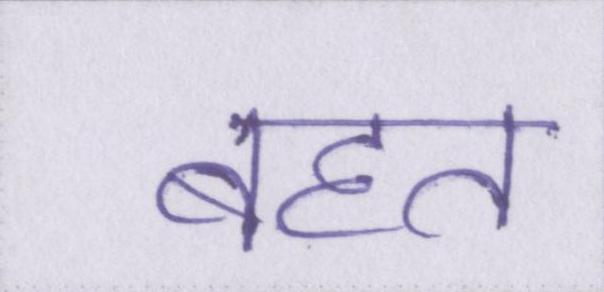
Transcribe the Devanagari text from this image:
बहत